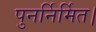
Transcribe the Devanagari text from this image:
पुनर्निर्मित।